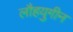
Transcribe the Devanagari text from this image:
लौहयुगीन